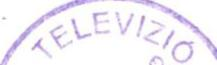
TELEVIZIO